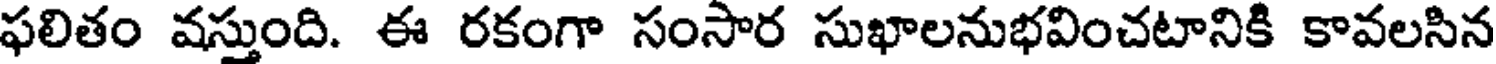
ఫలితం వస్తుంది. ఈ రకంగా సంసార సుఖాలనుభవించటానికి కావలసిన